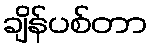
ချိန်ပစ်တာ